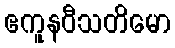
ဧကူနဝီသတိမော